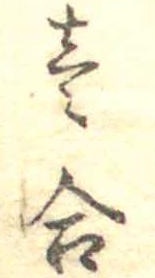
壱合